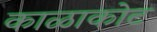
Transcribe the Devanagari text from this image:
काळाकोट